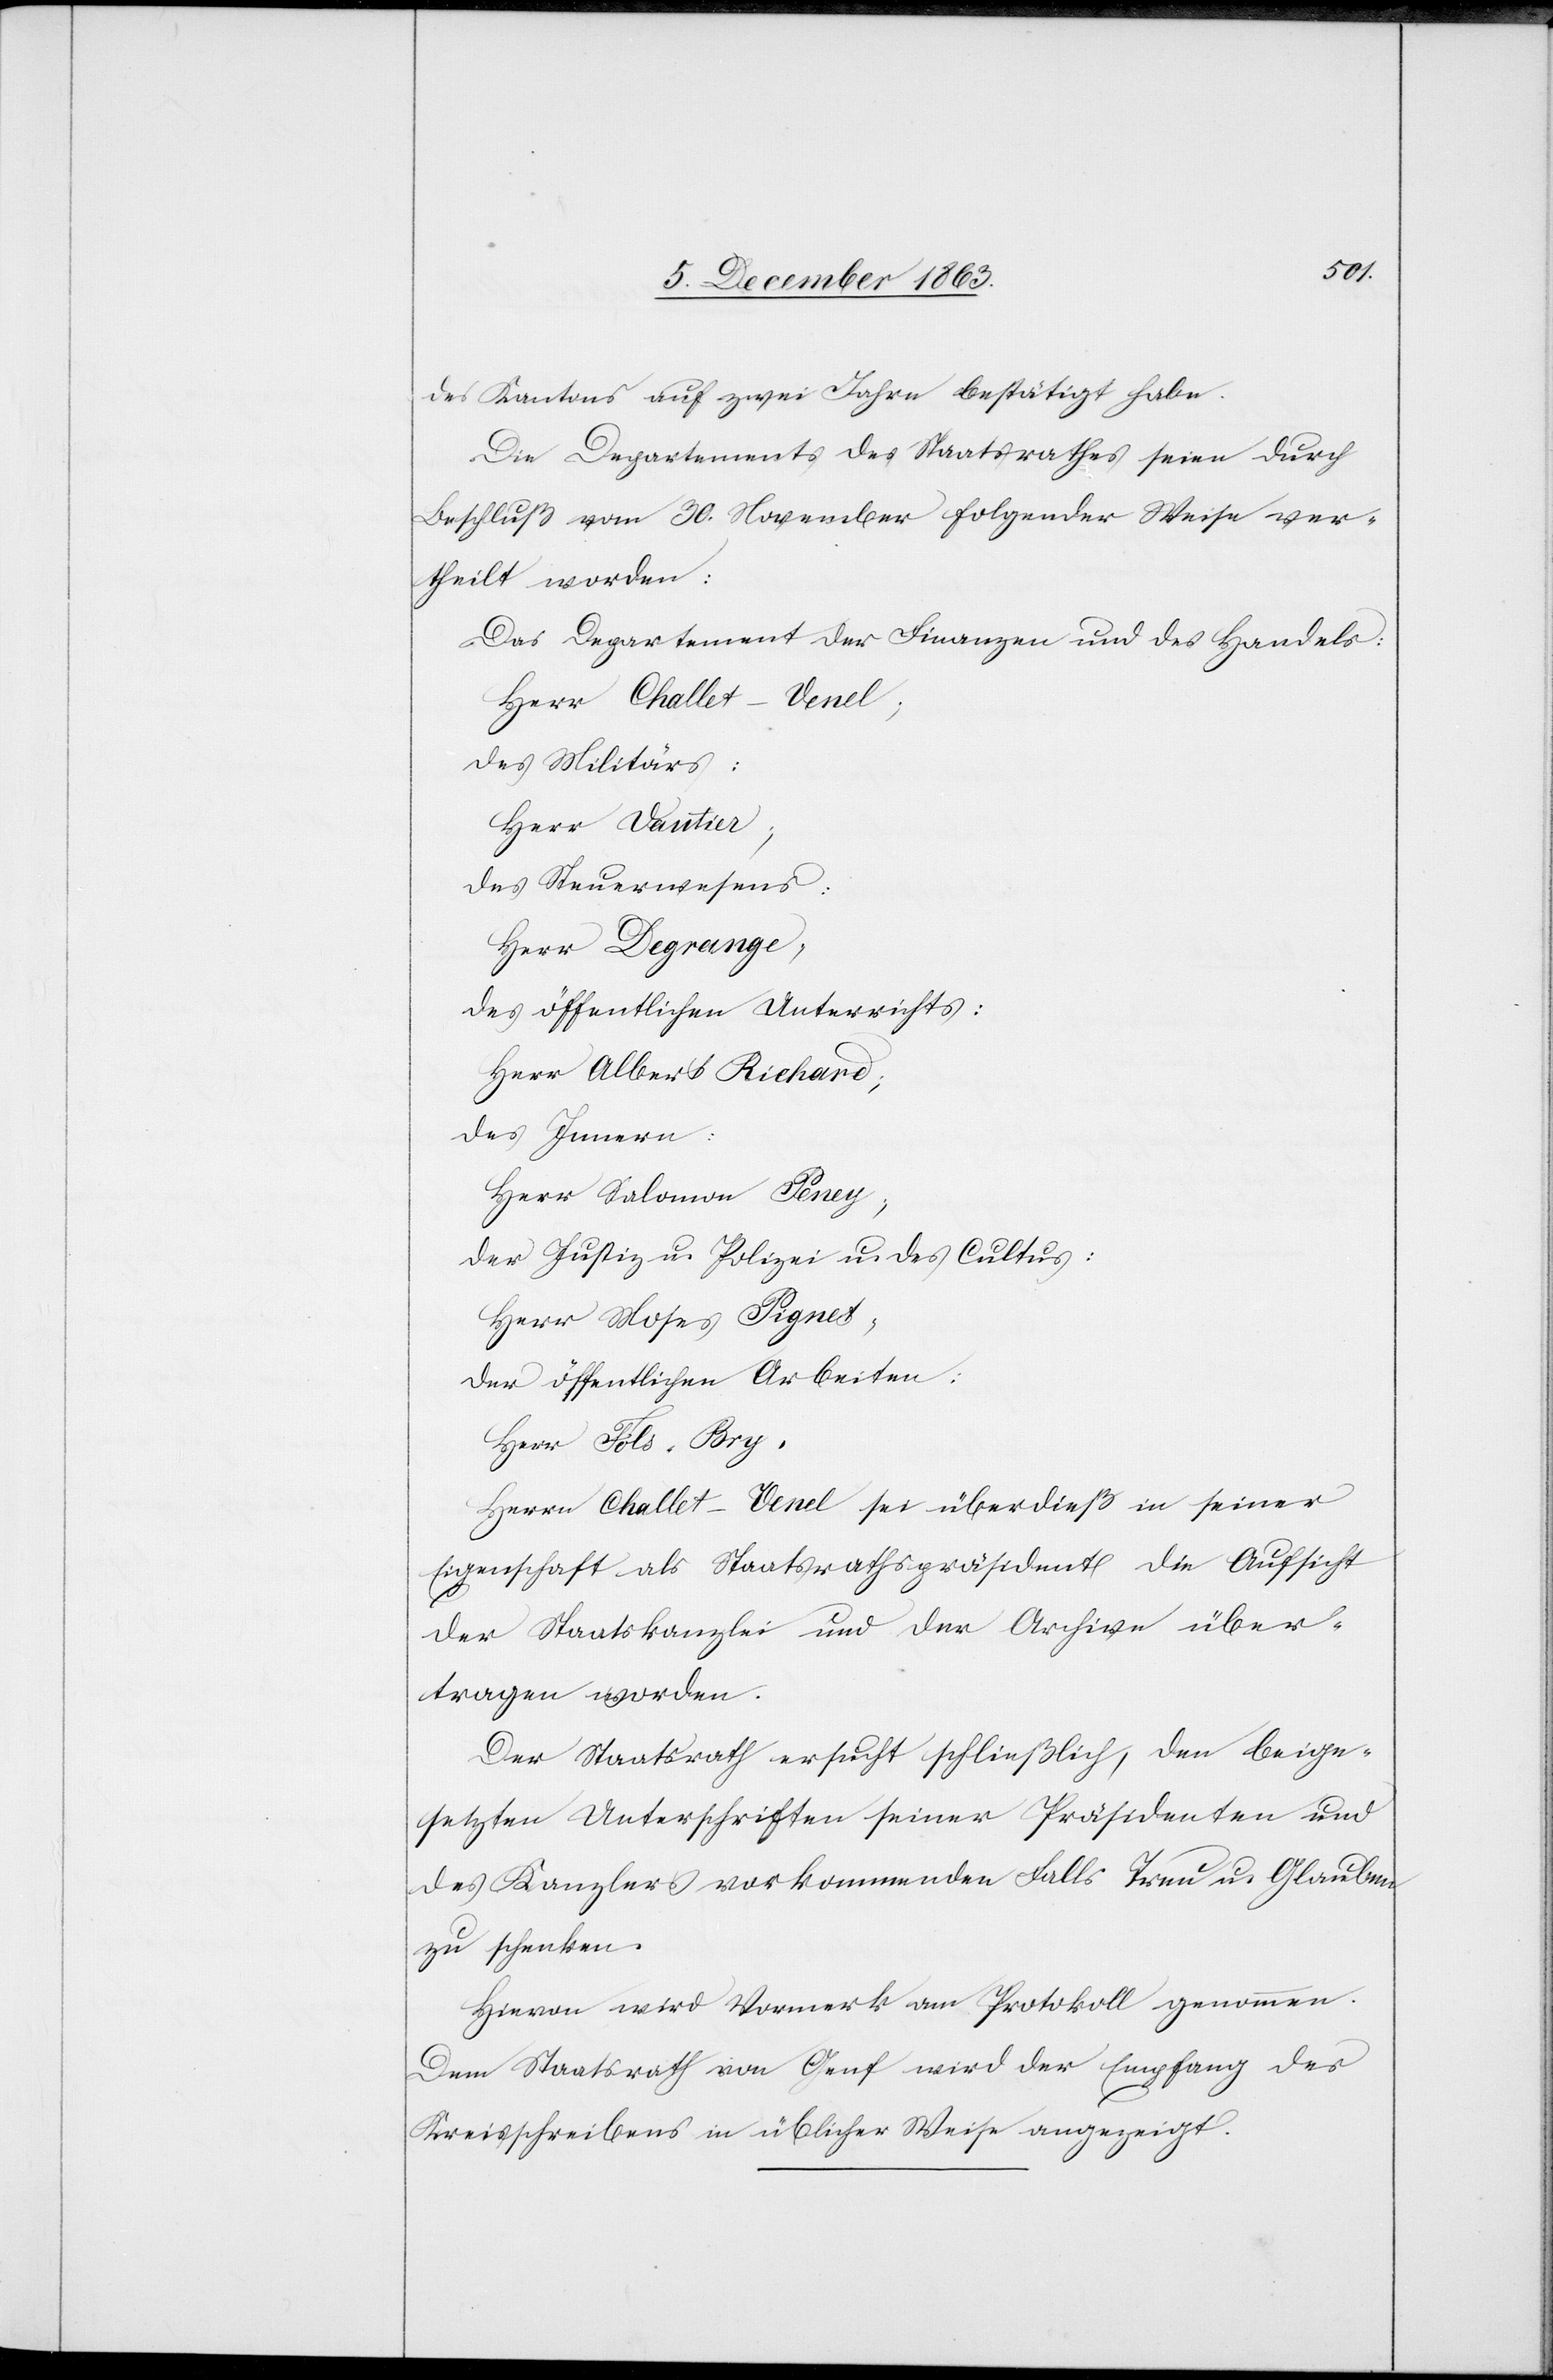
des Kantons auf zwei Jahre bestätigt habe.
Die Departements des Staatsrathes seien durch
Beschluß vom 30. November folgender Weise ver¬
theilt worden:
Das Departement der Finanzen und des Handels:
Herr Challet-Venel;
des Militärs:
Herr Vautier;
des Steuerwesens:
Herr Degrange,
des öffentlichen Unterrichtes:
Herr Albert Richard;
des Innern:
Herr Salomon Peney;
der Justiz u. Polizei u. des Cultus:
Herr Moses Piguet;
der öffentlichen Arbeiten:
Herr Fols-Bry.
Herrn Challet-Venel sei überdieß in seiner
Eigenschaft als Staatsrathspräsident die Aufsicht
der Staatskanzlei und der Archive über¬
tragen worden.
Der Staatsrath ersucht schließlich, den beige¬
setzten Unterschriften seiner Präsidenten und
des Kanzlers vorkommenden Falls Treu u. Glauben
zu schenken.
Hievon wird Vormerk am Protokoll genommen.
Dem Staatsrath von Genf wird der Empfang des
Kreisschreibens in üblicher Weise angezeigt.